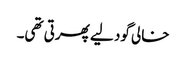
خالی گود لیے پھرتی تھی۔